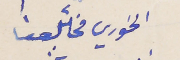
الخوري مخائل حنا